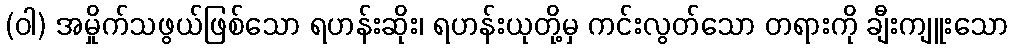
(ဝါ) အမှိုက်သဖွယ်ဖြစ်သော ရဟန်းဆိုး၊ ရဟန်းယုတို့မှ ကင်းလွတ်သော တရားကို ချီးကျူးသော